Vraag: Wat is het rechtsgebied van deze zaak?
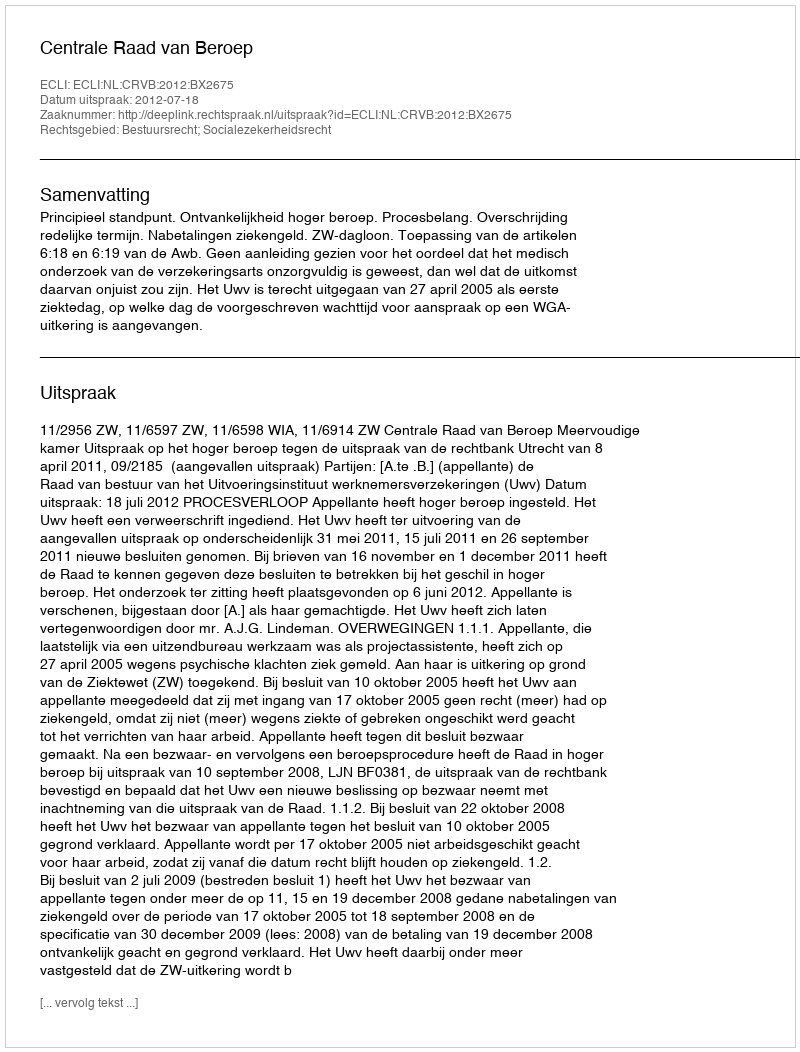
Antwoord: Bestuursrecht; Socialezekerheidsrecht